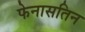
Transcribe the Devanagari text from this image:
फेनासतिन